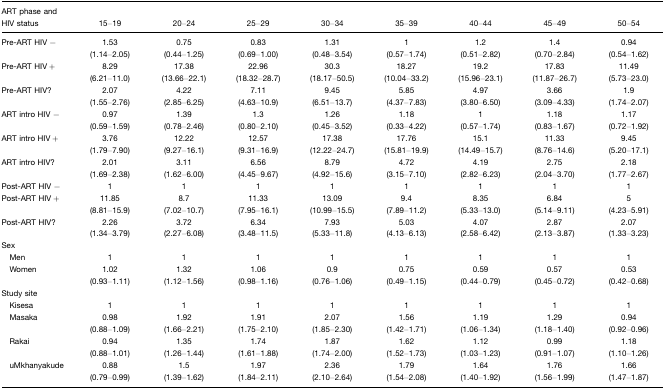
<table><thead><tr><td><b>ART phase and HIV status</b></td><td><b>15–19</b></td><td><b>20–24</b></td><td><b>25–29</b></td><td><b>30–34</b></td><td><b>35–39</b></td><td><b>40–44</b></td><td><b>45–49</b></td><td><b>50–54</b></td></tr></thead><tbody><tr><td>Pre-ART HIV−</td><td>1.53(1.14–2.05)</td><td>0.75(0.44–1.25)</td><td>0.83(0.69–1.00)</td><td>1.31(0.48–3.54)</td><td>1(0.57–1.74)</td><td>1.2(0.51–2.82)</td><td>1.4(0.70–2.84)</td><td>0.94(0.54–1.62)</td></tr><tr><td>Pre-ART HIV+</td><td>8.29(6.21–11.0)</td><td>17.38(13.66–22.1)</td><td>22.96(18.32–28.7)</td><td>30.3(18.17–50.5)</td><td>18.27(10.04–33.2)</td><td>19.2(15.96–23.1)</td><td>17.83(11.87–26.7)</td><td>11.49(5.73–23.0)</td></tr><tr><td>Pre-ART HIV?</td><td>2.07(1.55–2.76)</td><td>4.22(2.85–6.25)</td><td>7.11(4.63–10.9)</td><td>9.45(6.51–13.7)</td><td>5.85(4.37–7.83)</td><td>4.97(3.80–6.50)</td><td>3.66(3.09–4.33)</td><td>1.9(1.74–2.07)</td></tr><tr><td>ART intro HIV−</td><td>0.97(0.59–1.59)</td><td>1.39(0.78–2.46)</td><td>1.3(0.80–2.10)</td><td>1.26(0.45–3.52)</td><td>1.18(0.33–4.22)</td><td>1(0.57–1.74)</td><td>1.18(0.83–1.67)</td><td>1.17(0.72–1.92)</td></tr><tr><td>ART intro HIV+</td><td>3.76(1.79–7.90)</td><td>12.22(9.27–16.1)</td><td>12.57(9.31–16.9)</td><td>17.38(12.22–24.7)</td><td>17.76(15.81–19.9)</td><td>15.1(14.49–15.7)</td><td>11.33(8.76–14.6)</td><td>9.45(5.20–17.1)</td></tr><tr><td>ART intro HIV?</td><td>2.01(1.69–2.38)</td><td>3.11(1.62–6.00)</td><td>6.56(4.45–9.67)</td><td>8.79(4.92–15.6)</td><td>4.72(3.15–7.10)</td><td>4.19(2.82–6.23)</td><td>2.75(2.04–3.70)</td><td>2.18(1.77–2.67)</td></tr><tr><td>Post-ART HIV−</td><td>1</td><td>1</td><td>1</td><td>1</td><td>1</td><td>1</td><td>1</td><td>1</td></tr><tr><td>Post-ART HIV+</td><td>11.85(8.81–15.9)</td><td>8.7(7.02–10.7)</td><td>11.33(7.95–16.1)</td><td>13.09(10.99–15.5)</td><td>9.4(7.89–11.2)</td><td>8.35(5.33–13.0)</td><td>6.84(5.14–9.11)</td><td>5(4.23–5.91)</td></tr><tr><td>Post-ART HIV?</td><td>2.26(1.34–3.79)</td><td>3.72(2.27–6.08)</td><td>6.34(3.48–11.5)</td><td>7.93(5.33–11.8)</td><td>5.03(4.13–6.13)</td><td>4.07(2.58–6.42)</td><td>2.87(2.13–3.87)</td><td>2.07(1.33–3.23)</td></tr><tr><td>Sex</td><td></td><td></td><td></td><td></td><td></td><td></td><td></td><td></td></tr><tr><td> Men</td><td>1</td><td>1</td><td>1</td><td>1</td><td>1</td><td>1</td><td>1</td><td>1</td></tr><tr><td> Women</td><td>1.02(0.93–1.11)</td><td>1.32(1.12–1.56)</td><td>1.06(0.98–1.16)</td><td>0.9(0.76–1.06)</td><td>0.75(0.49–1.15)</td><td>0.59(0.44–0.79)</td><td>0.57(0.45–0.72)</td><td>0.53(0.42–0.68)</td></tr><tr><td>Study site</td><td></td><td></td><td></td><td></td><td></td><td></td><td></td><td></td></tr><tr><td> Kisesa</td><td>1</td><td>1</td><td>1</td><td>1</td><td>1</td><td>1</td><td>1</td><td>1</td></tr><tr><td> Masaka</td><td>0.98(0.88–1.09)</td><td>1.92(1.66–2.21)</td><td>1.91(1.75–2.10)</td><td>2.07(1.85–2.30)</td><td>1.56(1.42–1.71)</td><td>1.19(1.06–1.34)</td><td>1.29(1.18–1.40)</td><td>0.94(0.92–0.96)</td></tr><tr><td> Rakai</td><td>0.94(0.88–1.01)</td><td>1.35(1.26–1.44)</td><td>1.74(1.61–1.88)</td><td>1.87(1.74–2.00)</td><td>1.62(1.52–1.73)</td><td>1.12(1.03–1.23)</td><td>0.99(0.91–1.07)</td><td>1.18(1.10–1.26)</td></tr><tr><td> uMkhanyakude</td><td>0.88(0.79–0.99)</td><td>1.5(1.39–1.62)</td><td>1.97(1.84–2.11)</td><td>2.36(2.10–2.64)</td><td>1.79(1.54–2.08)</td><td>1.64(1.40–1.92)</td><td>1.76(1.56–1.99)</td><td>1.66(1.47–1.87)</td></tr></tbody></table>